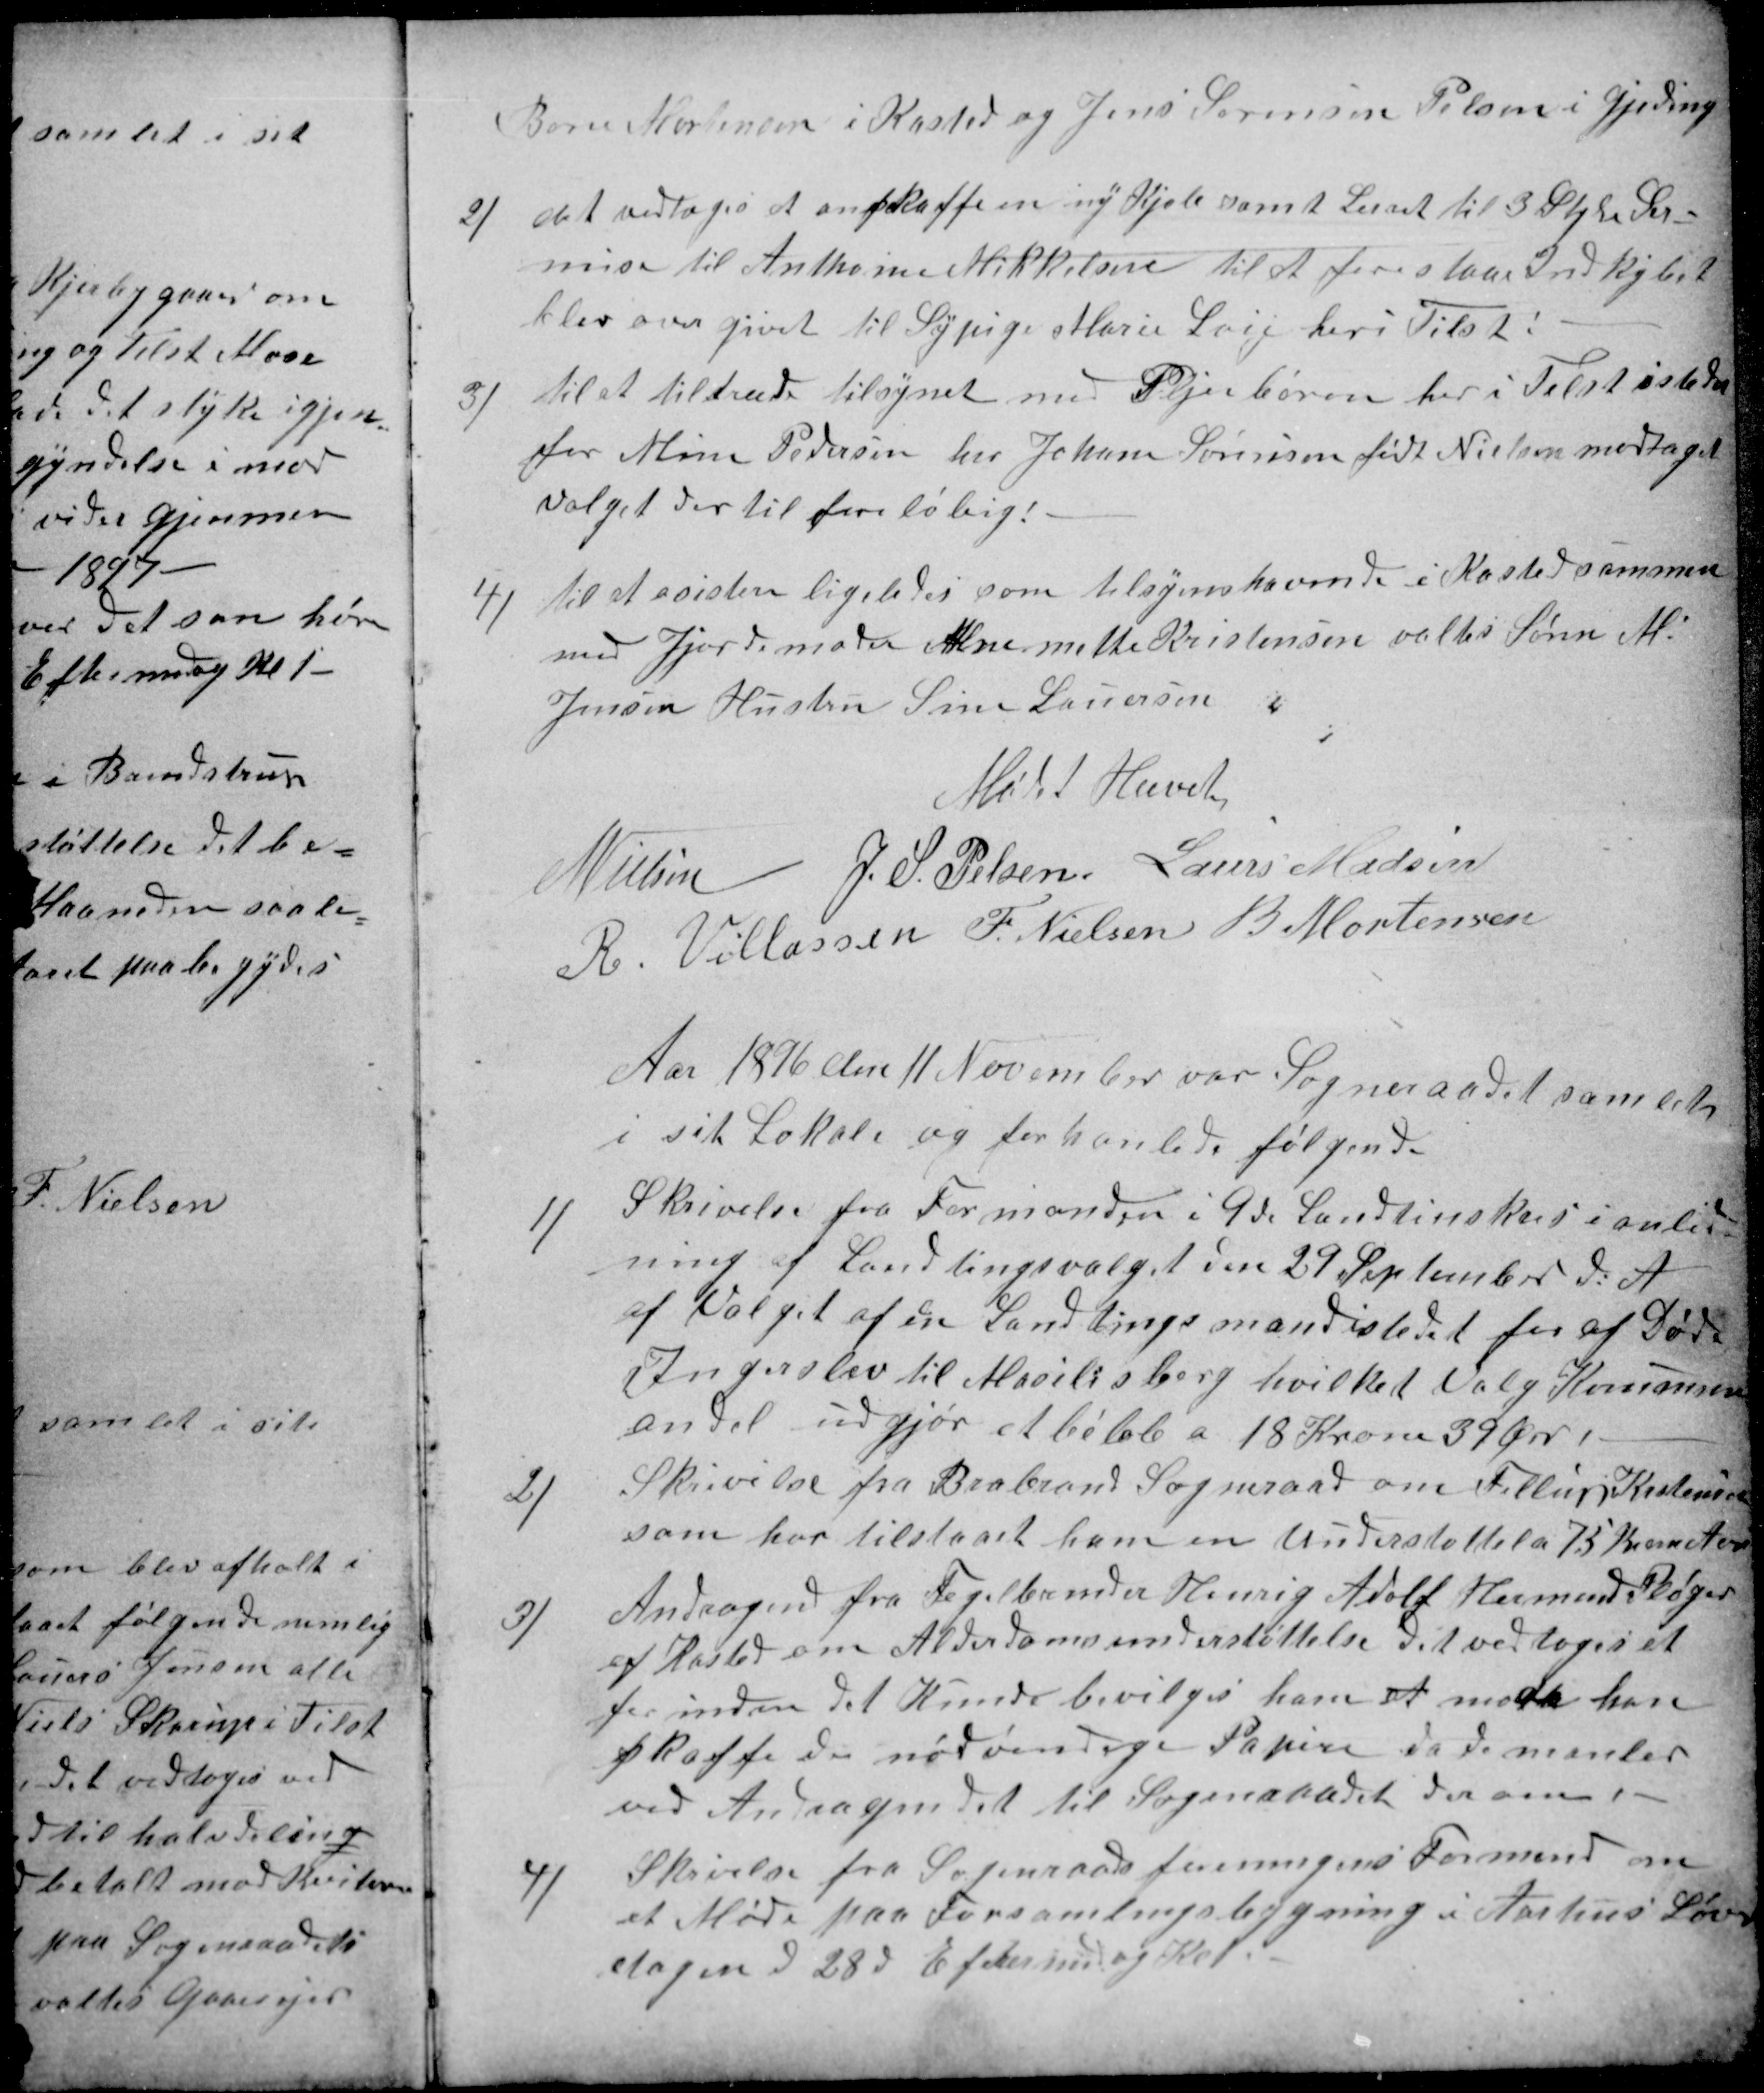
Transskription:
Bone Mortensen i Kasted og Jens Sørensen Pelsen i Gjeding
2)
 det vedtoges at anskaffe en ny Kjole samt Lerret til 3 Styk Ser-
mise til Anthoine Mikkelsen til at forestaa Indkøbet
blev overgivet til Sypige Marie Laij her i Tilst:
3) 
til at tiltræde tilsynet med Plejebøren her i Tilst istedet
for Mine Pedersen har Johane Sørensen født Nielsen modtaget
valget dertil foreløbig.
4) 
til at asistere ligeledes som tilsynshavende i Kasted sammen
med Jjordemoder Anemette Kristensen valtes Søren M.
Jensen Hustru Sine Lauersen
Mødet Hævet
N Nielsen
J. S. Pelsen
Laurs Madsen
R. Villassen
F. Nielsen
B Mortensen
Aar 1896 den 11 November var Sogneraadet samlet
i sit Lokale og forhanlede følgende
1)
Skrivelse fra Formanden i 9de Landtinskres i anled
ning af Landstingsvalget den 29 September d.A
af Valget af en Landstingsmand istedet for ad Døde
Ingerslev til Masilieborg hvilket Valg Komunens
andel udgjør et beløb a 18 Krone 39 Øre!
2)
Skrivelse fra Brabrand Sogneraad om Fillip Kistensen
som har tilstaaet ham en Understøttelse 75 Kroner Aar.
3)
Andragende fra Teglbrænder Henrig Adolf Hermand Pløger
 af Kasted om Alderdomsunderstøttelse det vedtoges at
forinden det kunde bevilges ham at maa han
skaffe de nødvendige Papirer da de manler
ved Andragendet til Sogneraadet derom!
4)
Skrivelse fra Sogneraadsforeningens Formand om
et Møde paa Forsamlingsbygning i Aarhus Løver
dagen d 28de Eftermidag Kl 1